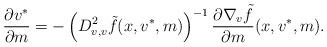
LaTeX: \begin{align*} \frac{\partial v^*}{\partial m}= - \left( D^2 _{v,v}\tilde f (x,v^*,m)\right)^{-1} \frac{\partial \nabla_v \tilde f }{\partial m}(x,v^*,m).\end{align*}